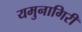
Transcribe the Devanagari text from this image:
यमुनागिरी